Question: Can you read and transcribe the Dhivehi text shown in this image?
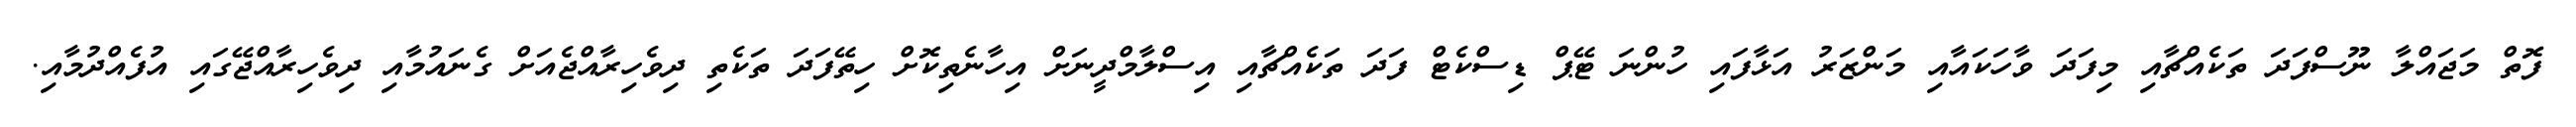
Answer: ފޮތް މަޖައްލާ ނޫސްފަދަ ތަކެއްޗާއި މިފަދަ ވާހަކައާއި މަންޒަރު އަޅާފައި ހުންނަ ޓޭޕް ޑިސްކެޓް ފަދަ ތަކެއްޗާއި އިސްލާމްދީނަށް އިހާނެތިކޮށް ހިތޭފަދަ ތަކެތި ދިވެހިރާއްޖެއަށް ގެނައުމާއި ދިވެހިރާއްޖޭގައި އުފެއްދުމާއި.